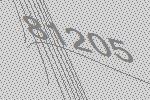
81205